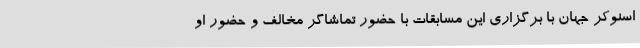
اسنوکر جهان با برگزاری این مسابقات با حضور تماشاگر مخالف و حضور او